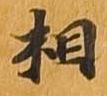
相